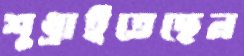
শুধ্‌রাইতেছেন